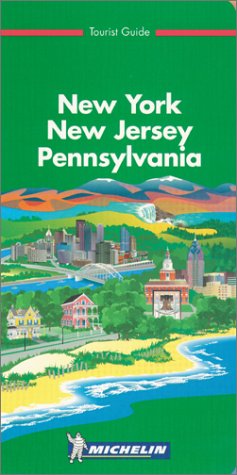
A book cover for Michelin THE GREEN GUIDE NY/NJ/PA, 1e (THE GREEN GUIDE); Michelin Travel Publications; Travel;